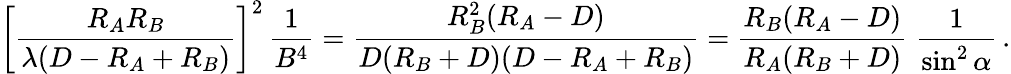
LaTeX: \left[{\frac{R_{A}R_{B}}{\lambda(D-R_{A}+R_{B})}}\right]^{2}\, {\frac{1}{B^{4}}}={\frac{R_{B}^{2}(R_{A}-D)}{D(R_{B}+D)(D-R_{A}+R_{B})}}={\frac{R_{B}(R_{A}-D)}{R_{A}(R_{B}+D)}}\; {\frac{1}{\sin^{2}\alpha}}\, .